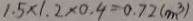
1 . 5 \times 1 . 2 \times 0 . 4 = 0 . 7 2 ( m ^ { 3 } )